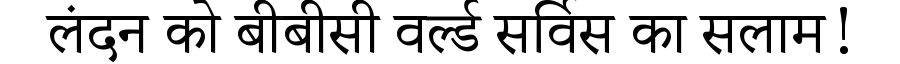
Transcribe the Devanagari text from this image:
लंदन को बीबीसी वर्ल्ड सर्विस का सलाम!